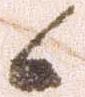
候